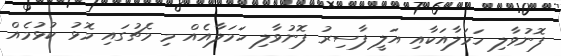
ފޮނުވާލި ހަމަލާއަކާއި އަލީ ފާސިރު ފޮނުވާލި ހަމަލާއެއް މި މެޗުގައި މޮޅު ކުޅުމެއް